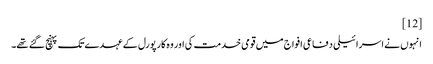
[12]
انہوں نے اسرائیلی دفاعی افواج میں قومی خدمت کی اور وہ کارپورل کے عہدے تک پہنچ گئے تھے۔